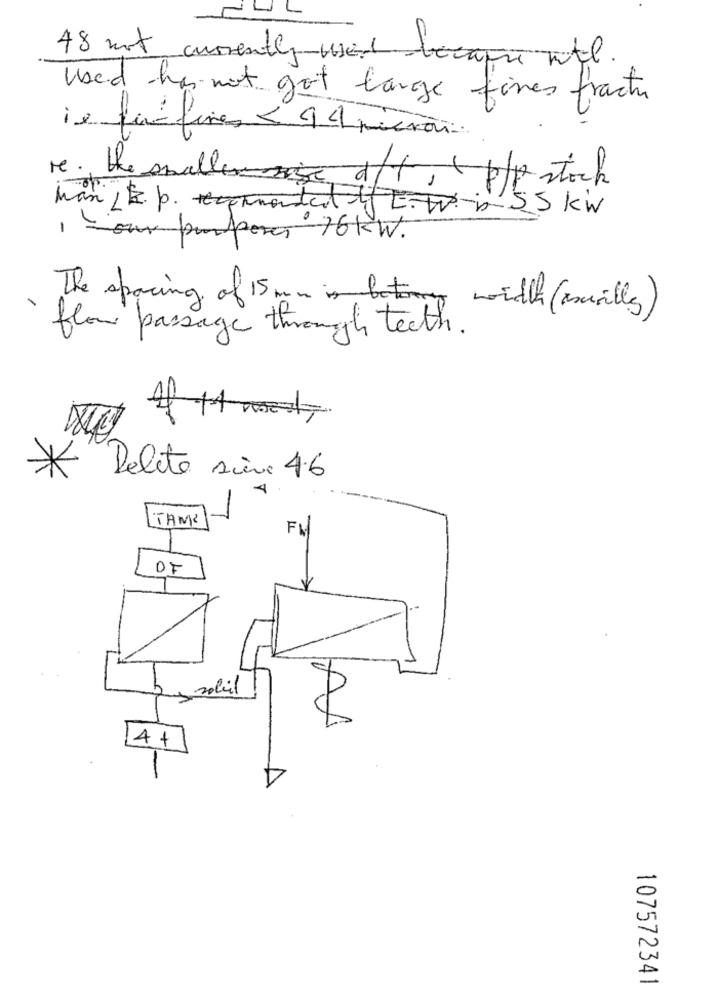
IL
48 not currently used because ntl.
Used has not got large fines fractu
ie funfines < 94 micron.
re. the smallera/t, ( p/p stock
Man E. p. del f E.W. VSS KW
1 hour purposes 76KW.
The spacing of 15 mm is batony width (usually)
flow passage through teeth.
* Delete siève 46
TAM'
FM
sobil
14+
4
107572341